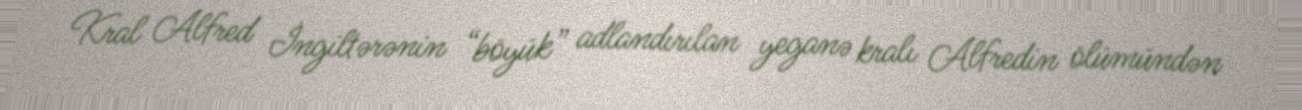
Kral Alfred İngiltərənin “böyük” adlandırılan yeganə kralı Alfredin ölümündən